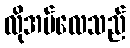
လိုအပ်လေသည်